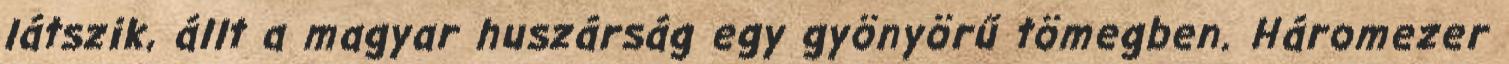
látszik, állt a magyar huszárság egy gyönyörű tömegben. Háromezer